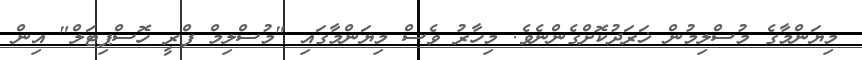
މިޔަންމާގެ މުސްލިމުން ޚަރަދުކޮށްގެންނެވެ. މިހާރު ވެސް މިޔަންމާގައި "މުސްލިމް ފްރީ ހޮސްޕިޓަލް" އިން